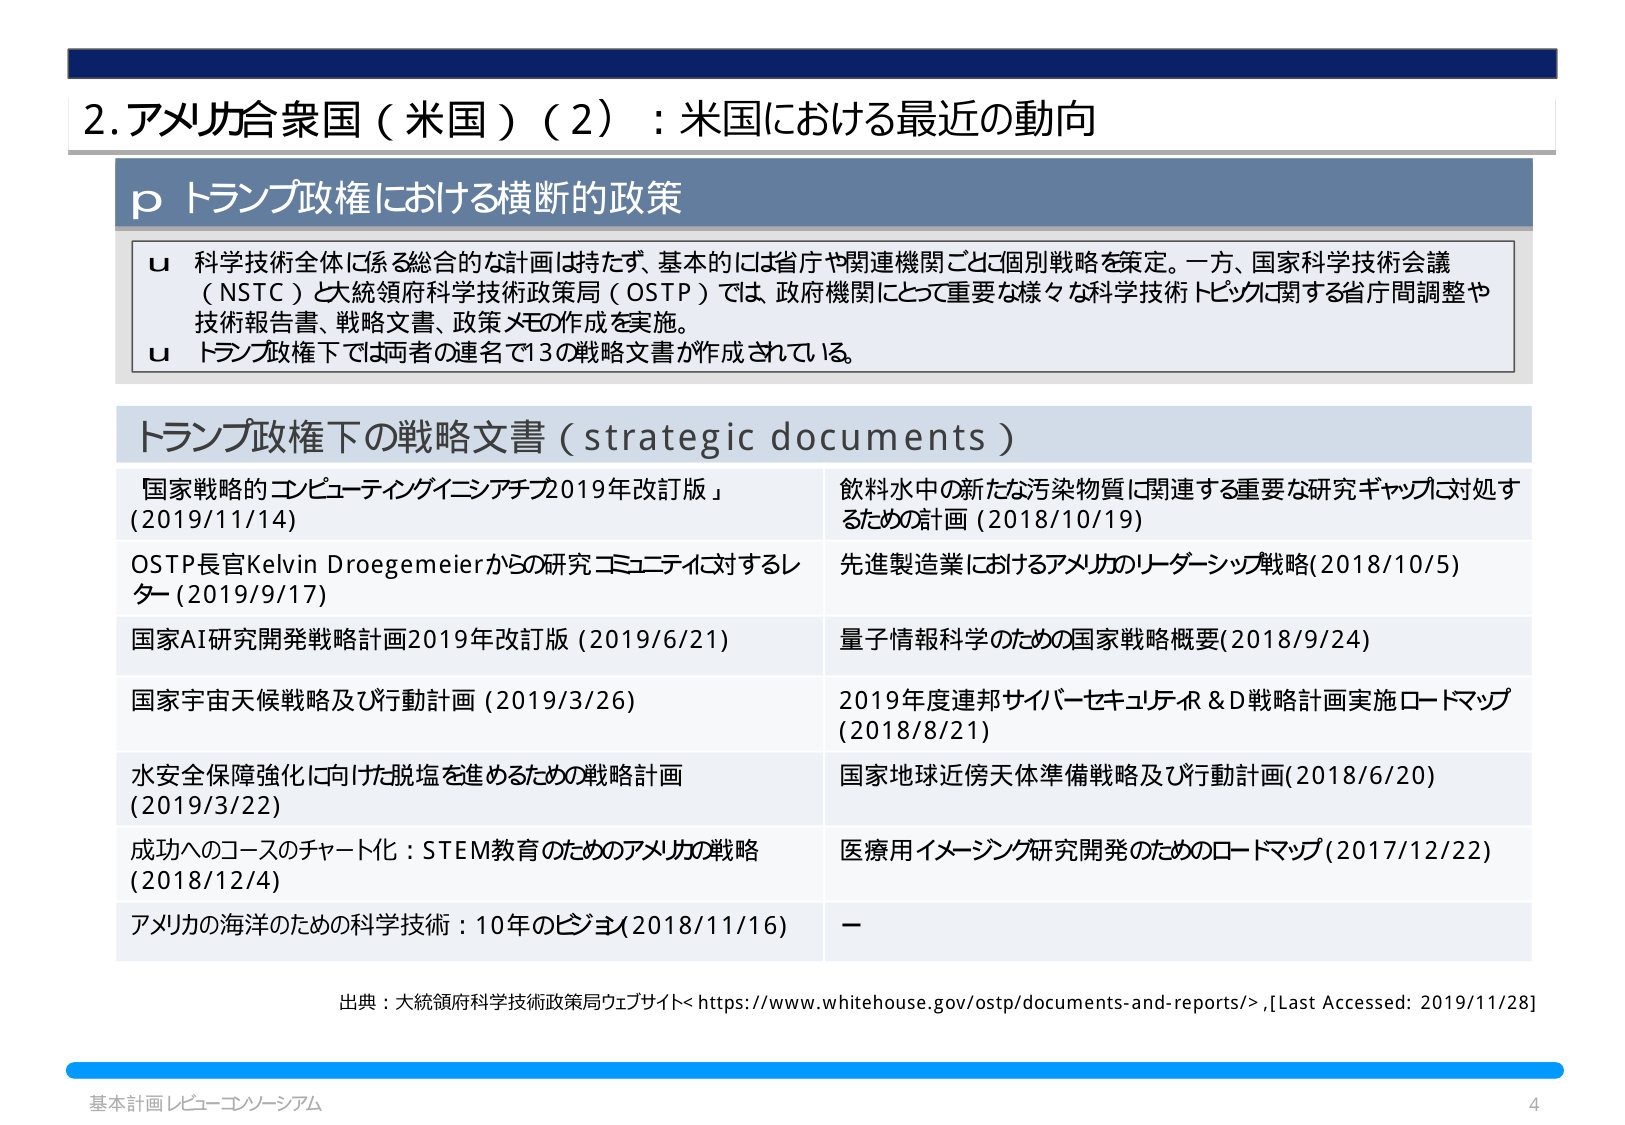
2. アメリカ合衆国（米国）（2）：米国における最近の動向

p トランプ政権における横断的政策

u 科学技術全体に係る総合的な計画は持たず、基本的には省庁や関連機関ごとに個別戦略を策定。一方、国家科学技術会議（NSTC）と大統領府科学技術政策局（OSTP）では、政府機関にとって重要な様々な科学技術トピックに関する省庁間調整や技術報告書、戦略文書、政策メモの作成を実施。

u トランプ政権下では両者の連名で13の戦略文書が作成されている。

トランプ政権下の戦略文書（strategic documents）

国家戦略的コンピューティングイニシアチブ2019年改訂版」（2019/11/14）
OSTP長官Kelvin Droegemeierからの研究コミュニティに対するレター（2019/9/17）
国家AI研究開発戦略計画2019年改訂版（2019/6/21）
国家宇宙天候戦略及び行動計画（2019/3/26）
水安全保障強化に向けた脱塩を進めるための戦略計画（2019/3/22）
成功へのコースのチャート化：STEM教育のためのアメリカの戦略（2018/12/4）
アメリカの海洋のための科学技術：10年のビジョン（2018/11/16）

飲料水中の新たな汚染物質に関連する重要な研究ギャップに対処するための計画（2018/10/19）
先進製造業におけるアメリカのリーダーシップ戦略（2018/10/5）
量子情報科学のための国家戦略概要（2018/9/24）
2019年度連邦サイバーセキュリティ＆D戦略計画実施ロードマップ（2018/8/21）
国家地球近傍天体準備戦略及び行動計画（2018/6/20）
医療用イメージング研究開発のためのロードマップ（2017/12/22）
－

出典：大統領府科学技術政策局ウェブサイト< https://www.whitehouse.gov/ostp/documents-and-reports/>,[Last Accessed: 2019/11/28]

基本計画レビュー・コンソーシアム
4